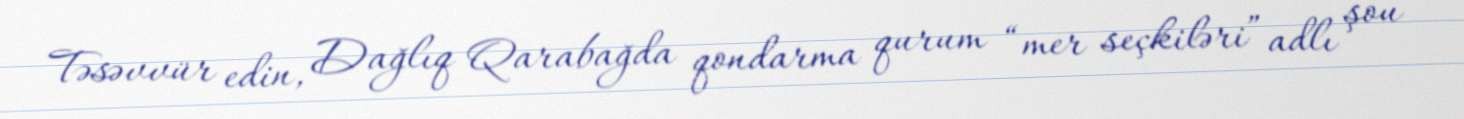
Təsəvvür edin, Dağlıq Qarabağda qondarma qurum “mer seçkiləri” adlı şou